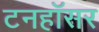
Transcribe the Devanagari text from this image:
टनहॉसर